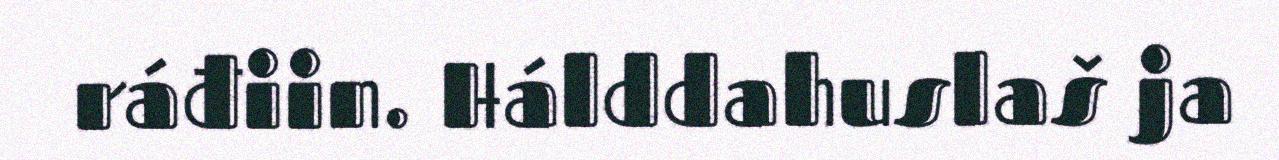
ráđiin. Hálddahuslaš ja